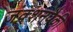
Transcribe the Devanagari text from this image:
जंक्शनपैकी